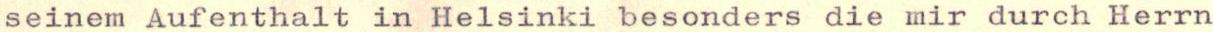
seinem Aufenthalt in Helsinki besonders die mir durch Herrn